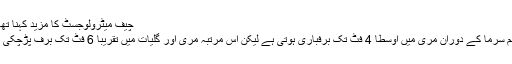
چیف میٹرولوجسٹ کا مزید کہنا تھا کہ
موسم سرما کے دوران مری میں اوسطا 4 فٹ تک برفباری ہوتی ہے لیکن اس مرتبہ مری اور گلیات میں تقریبا 6 فٹ تک برف پڑچکی ہے۔